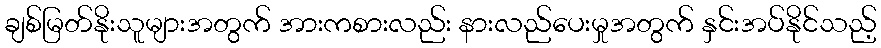
ချစ်မြတ်နိုးသူများအတွက် အားကစားလည်း နားလည်ပေးမှုအတွက် နှင်းအပ်နိုင်သည့်